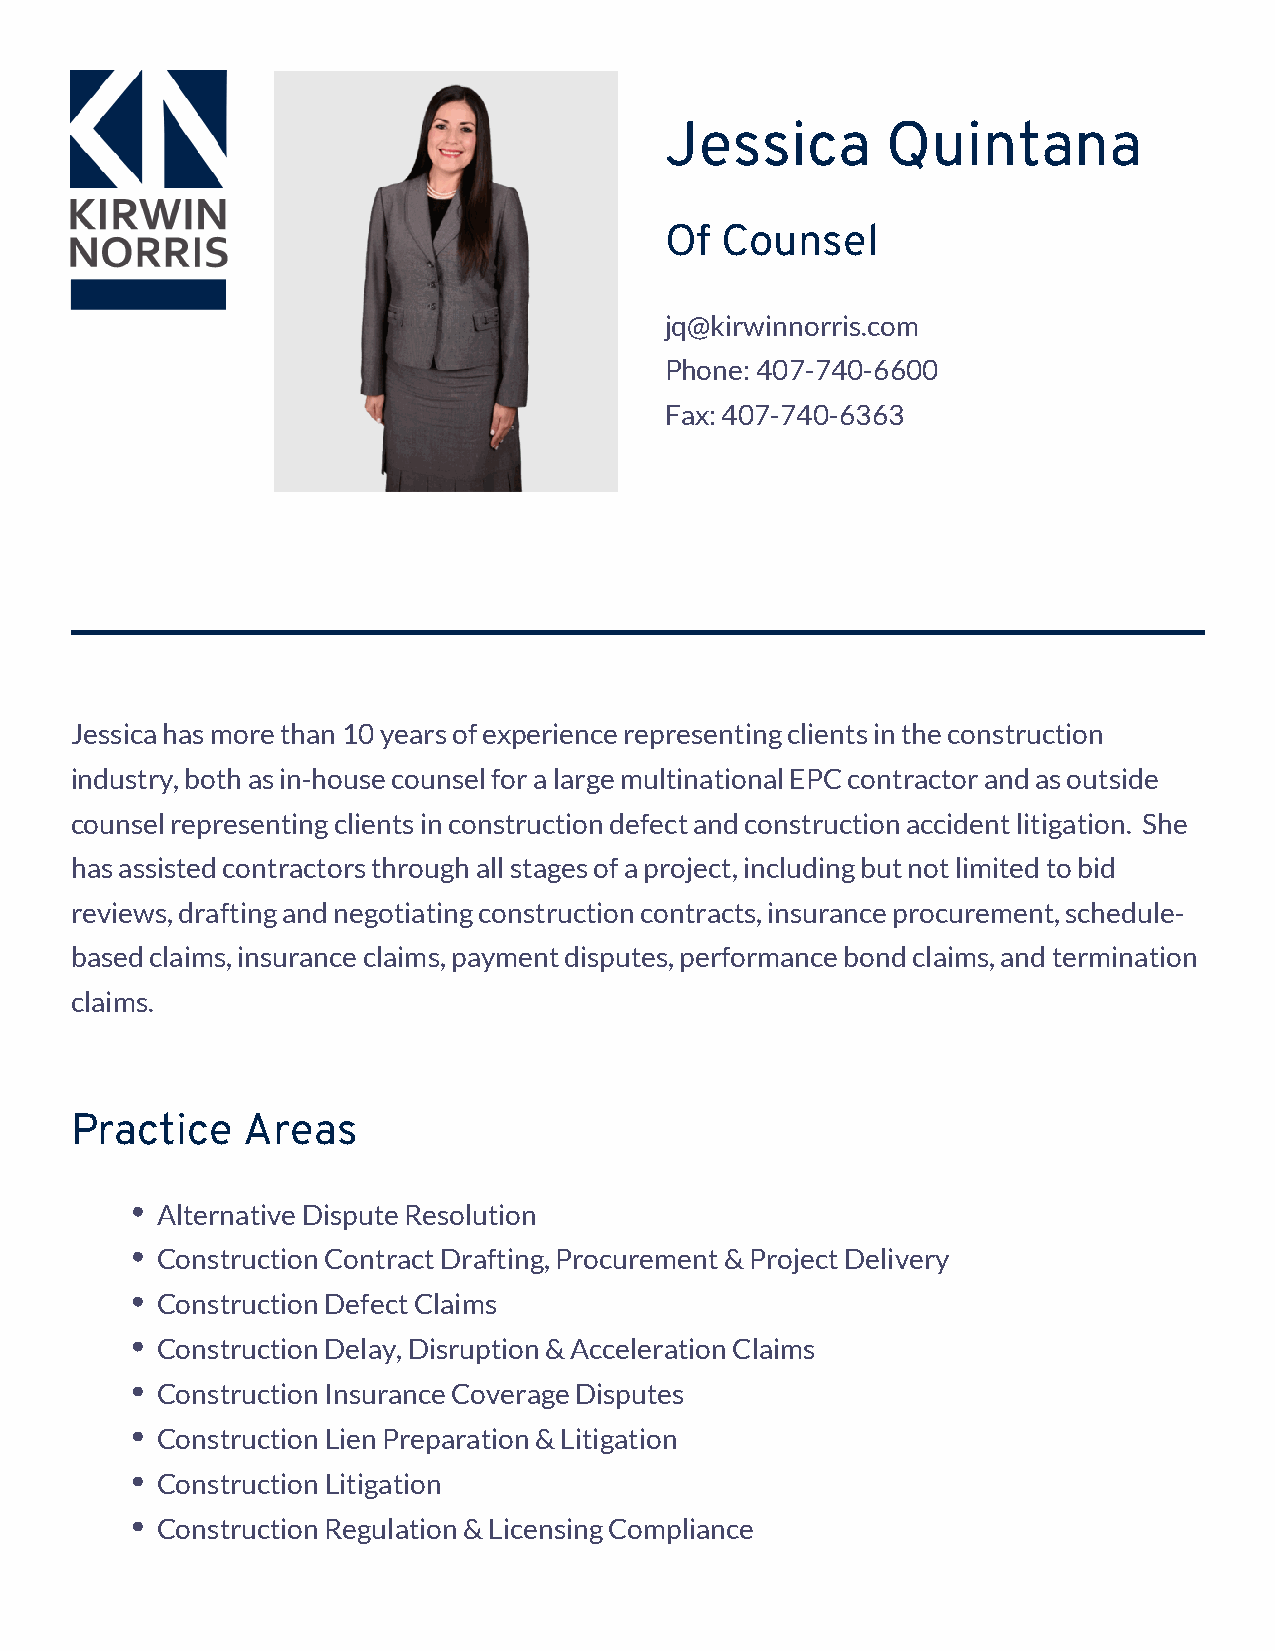
Jessica        Quintana
 Of  Counsel
 jq@kirwinnorris.com
 Phone: 407-740-6600
 Fax: 407-740-6363
 Jessica has more than 10 years of experience representing clients in the construction
 industry, both as in-house counsel for a large multinational EPC contractor and as outside
 counsel representing clients in construction defect and construction accident litigation. She
 has assisted contractors through all stages of a project, including but not limited to bid
 reviews, drafting and negotiating construction contracts, insurance procurement, schedule-
 based claims, insurance claims, payment disputes, performance bond claims, and termination
 claims.
 Practice   Areas
 Alternative Dispute Resolution
 Construction Contract Drafting, Procurement & Project Delivery
 Construction Defect Claims
 Construction Delay, Disruption & Acceleration Claims
 Construction Insurance Coverage Disputes
 Construction Lien Preparation & Litigation
 Construction Litigation
 Construction Regulation & Licensing Compliance